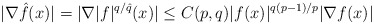
\begin{align*}\lvert \nabla \hat f(x) \rvert = \lvert \nabla \lvert f\rvert^{q/\hat q}(x) \rvert\le C(p,q) \lvert f(x)\rvert^{q(p-1)/p} \lvert \nabla f(x)\rvert\end{align*}